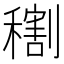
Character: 𥢫